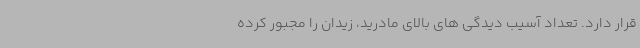
قرار دارد. تعداد آسیب دیدگی های بالای مادرید، زیدان را مجبور کرده